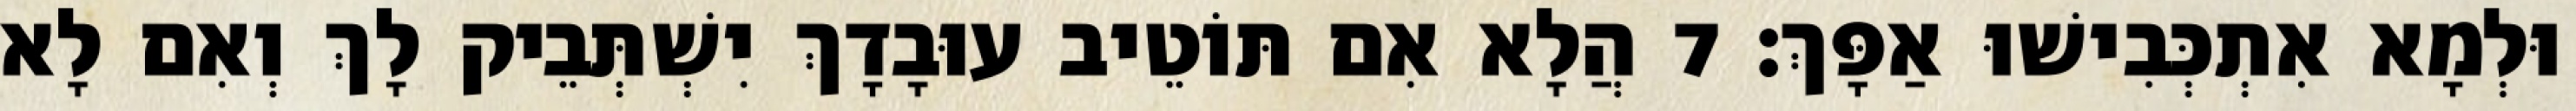
וּלְמָא אִתְכְּבִישׁוּ אַפָּךְ׃ 7 הֲלָא אִם תּוֹטֵיב עוּבָדָךְ יִשְׁתְּבֵיק לָךְ וְאִם לָא